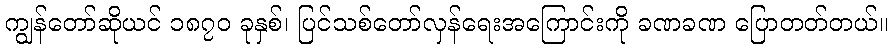
ကျွန်တော်ဆိုယင် ၁၈၇၀ ခုနှစ်၊ ပြင်သစ်တော်လှန်ရေးအကြောင်းကို ခဏခဏ ပြောတတ်တယ်။